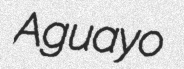
Aguayo